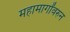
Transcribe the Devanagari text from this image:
महामार्गांवरुन